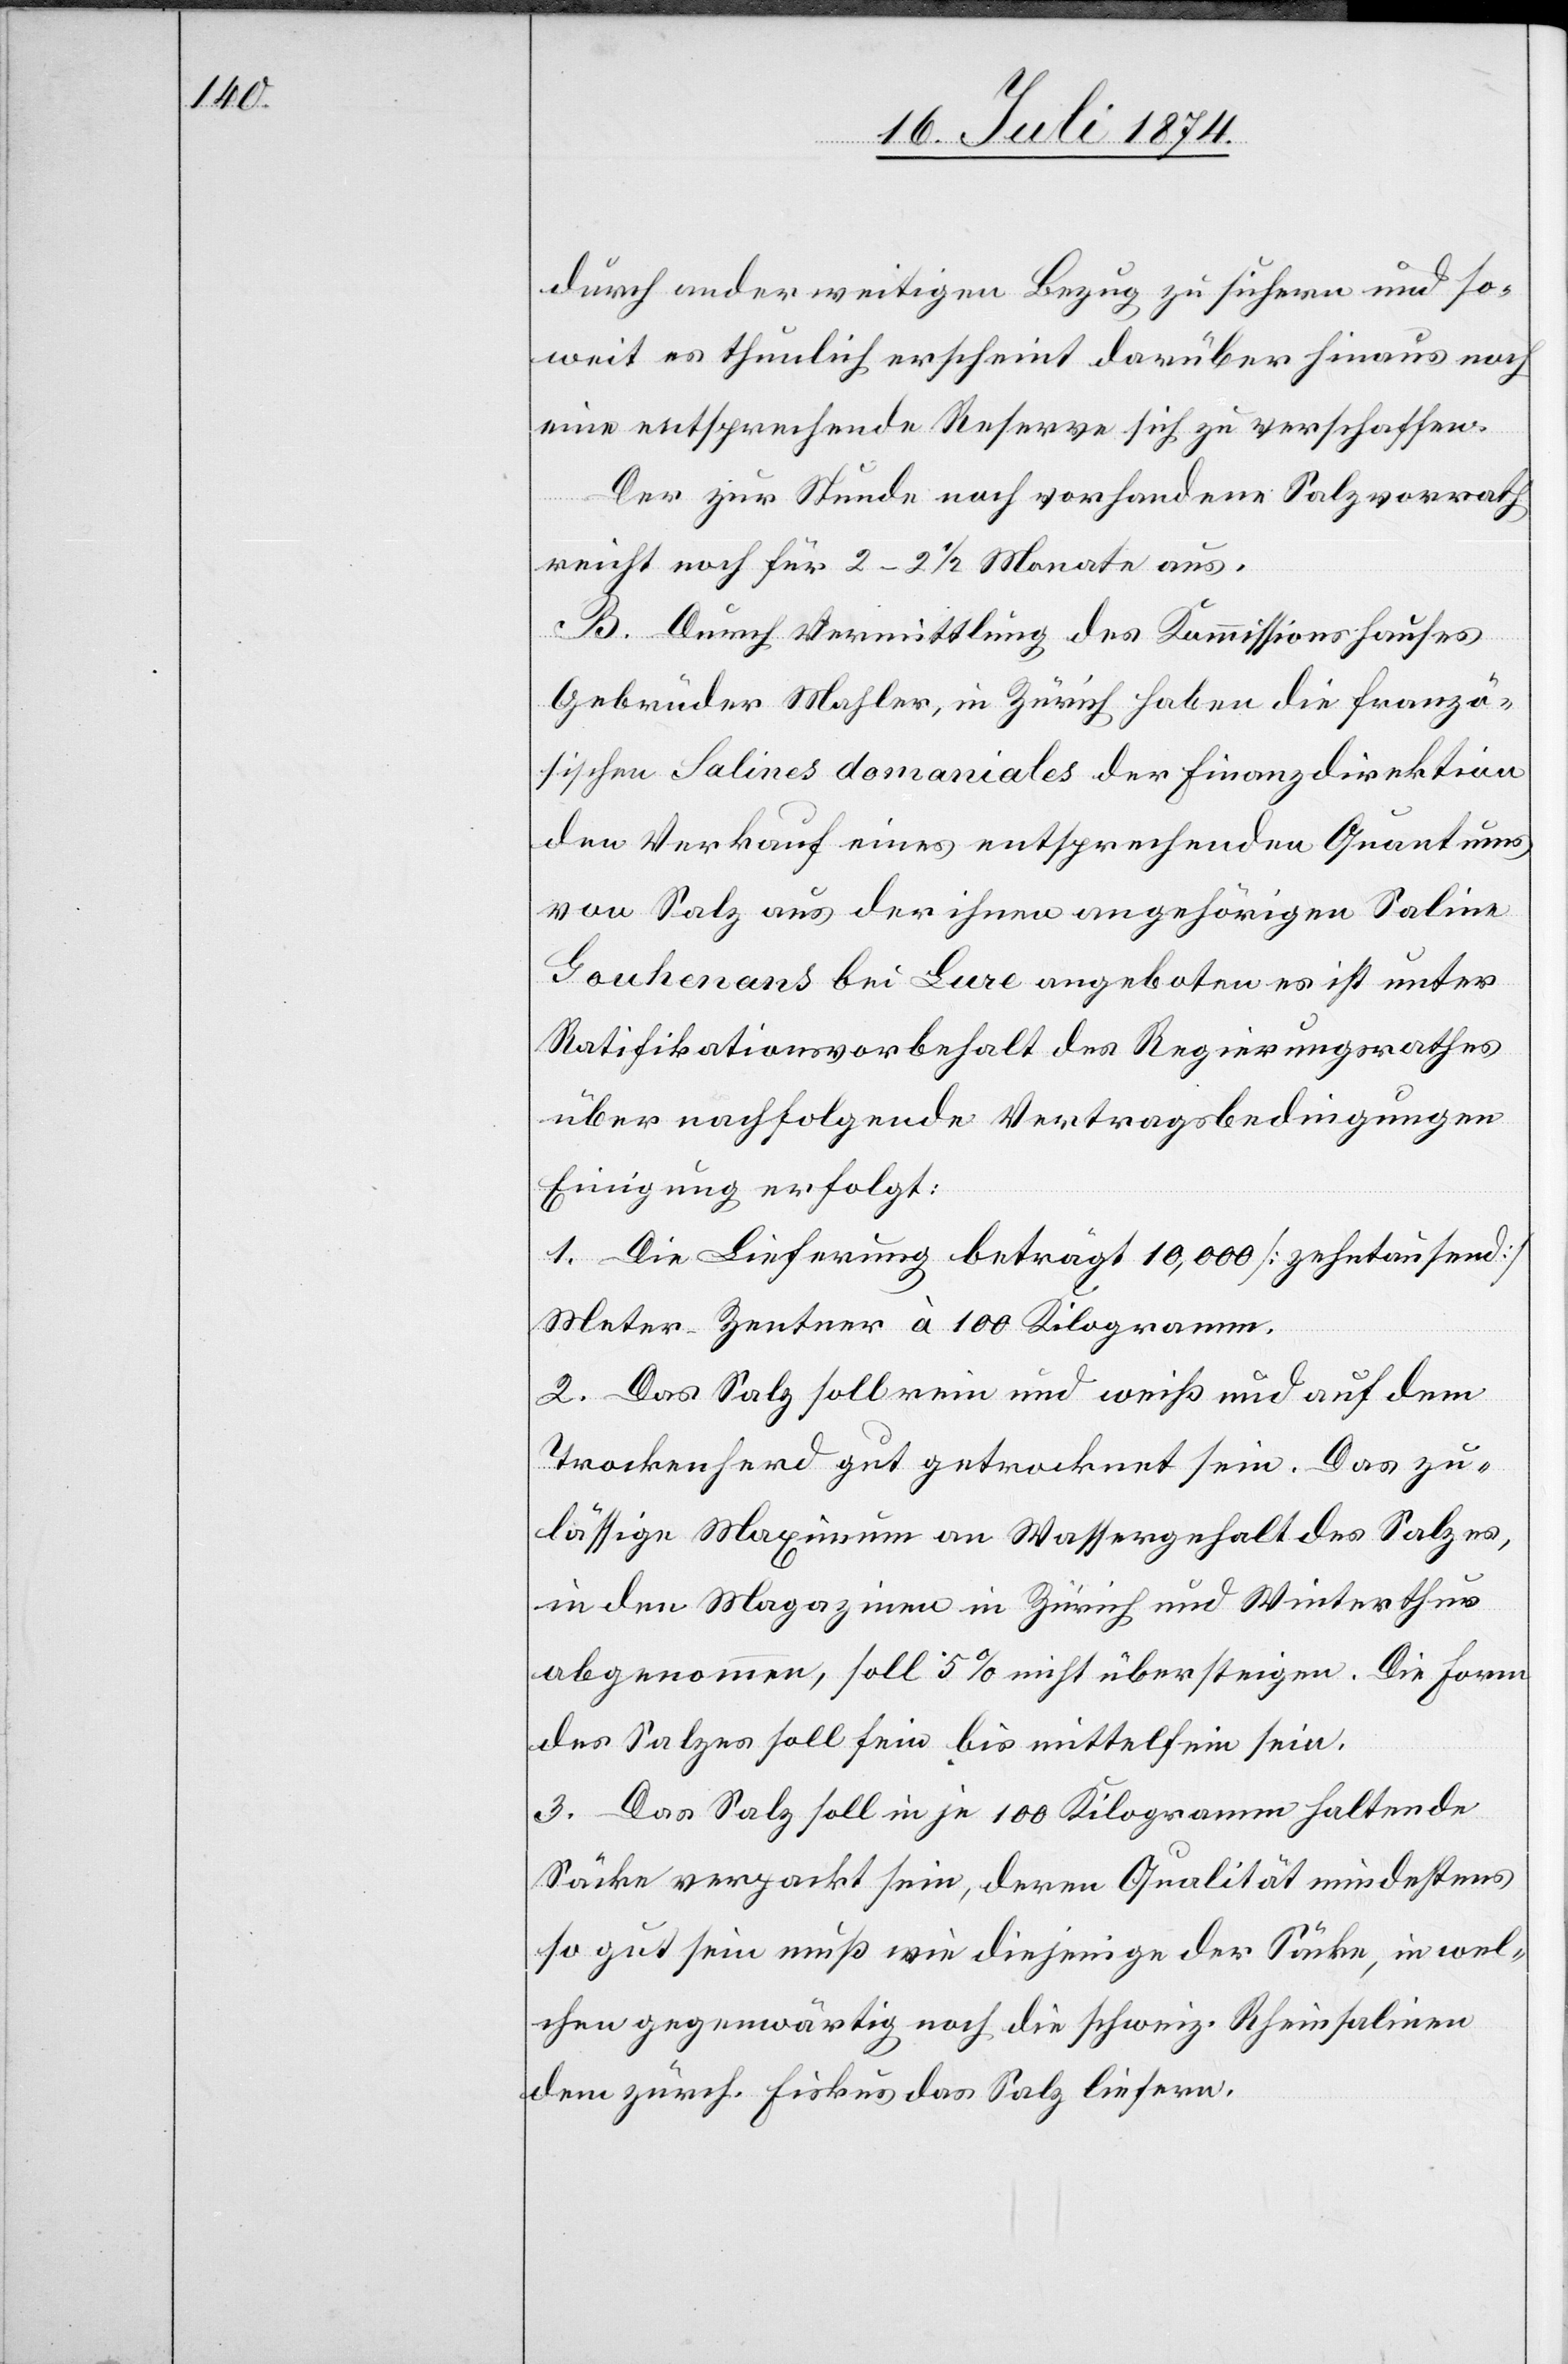
durch anderweitigen Bezug zu sichern und so¬
weit es thunlich erscheint darüber hinaus noch
eine entsprechende Reserve sich zu verschaffen.
Der zur Stunde noch vorhandene Salzvorrath
reicht noch für 2–2 1/2 Monate aus.
B. Durch Vermittlung des Kommissionshauses
Gebrüder Mahler, in Zürich haben die franzö¬
sischen Salines domaniales der Finanzdirektion
den Verkauf eines entsprechenden Quantums
von Salz aus der ihnen angehörigen Saline
[sic!] bei Lure angeboten [;] es ist unter
Ratifikationsvorbehalt des Regierungsrathes
über nachfolgende Vertragsbedingungen
Einigung erfolgt:
1. Die Lieferung beträgt 10‘000 [zehntausend]
Meter-Zentner à 100 Kilogramm.
2. Das Salz soll rein und weiß und auf dem
Trockenherd gut getrocknet sein. Das zu¬
lässige Maximum an Wassergehalt des Salzes,
in den Magazinen in Zürich und Winterthur
abgenommen, soll 5% nicht übersteigen. Die Form
des Salzes soll fein bis mittelfein sein.
3. Das Salz soll in je 100 Kilogramm haltende
Säcke verpackt sein, deren Qualität mindestens
so gut sein muß wie diejenige der Säcke, in wel¬
chen gegenwärtig noch die schweiz. Rheinsalinen
dem zürch. Fiskus das Salz liefern.